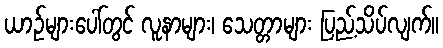
ယာဉ်များပေါ်တွင် လူနာများ၊ သေတ္တာများ ပြည့်သိပ်လျက်။